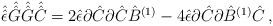
\begin{align*}\hat{\hat{\epsilon}}\hat{\hat{G}}\hat{\hat{G}}\hat{\hat{C}}=2 \hat{\epsilon}\partial\hat{C}\partial\hat{C}\hat{B}^{(1)}-4\hat{\epsilon}\partial\hat{C}\partial\hat{B}^{(1)}\hat{C}\, ,\end{align*}